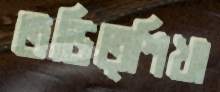
তড়িত্শিখা